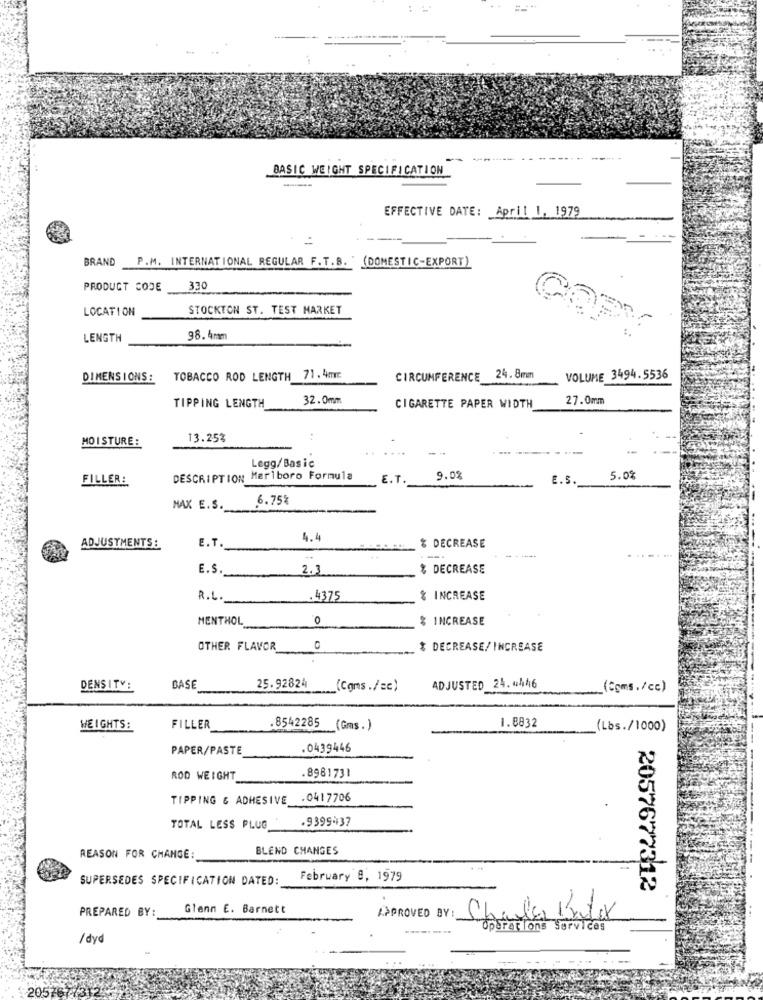
BASIC WEIGHT SPECIFICATION
EFFECTIVE DATE: April 1, 1979
BRAND
P.M. INTERNATIONAL REGULAR F.T.B. " (DOMESTIC-EXPORT)
PRODUCT CODE
330
LOCATION
STOCKTON ST. TEST MARKET
LENGTH
98.4mm
DIMENSIONS :
TOBACCO ROD LENGTH 71.4mm
CIRCUMFERENCE 24.8mm
VOLUME 3494.5536
32.0mm
27.0mm
TIPPING LENGTH
CIGARETTE PAPER WIDTH
MOI STURE:
13.25%
Legg/Basic
FILLER:
DESCRIPTION Marlboro Formula
E. T.
9.0%
E.S.
5.08
6.75%
MAX E.S.
E.T.
4.4
ADJUSTMENTS:
$ DECREASE
E.S.
2.3
% DECREASE
R.L.
.4375
& INCREASE
MENTHOL
0
% INCREASE
OTHER FLAVOR
0
$ DECREASE/ INCREASE
DENSITY:
BASE
25.92824
(Coms./=c)
ADJUSTED 24.4446
(Coms./cc)
.8542285
WEIGHTS:
FILLER
(Gms. )
1.8832
(Los./1000)
PAPER/PASTE
.0439446
ROD WEIGHT
8981731
TIPPING & ADHESIVE .0417706
.9399437
TOTAL LESS PLUG
BLEND CHANGES
REASON FOR CHANGE:
SUPERSEDES SPECIFICATION DATED:
February 8, 1979
2057677312
PREPARED BY:
Glenn E. Barnett
APPROVED BY:
Tons Services
/dyd